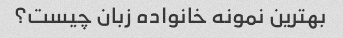
بهترین نمونه خانواده زبان چیست؟